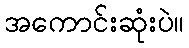
အကောင်းဆုံးပဲ။